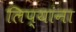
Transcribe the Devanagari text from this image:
लिप्यांना